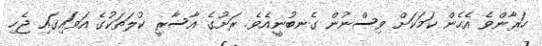
ހަރާންވެ އެހެން ކަމަކަށް ވިސްނުން ގެނބުނީއެވެ. ރަށުގެ އާސާރީ ކުލަތަކުގެ އަވައިގައި ޖެހި